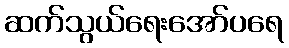
ဆက်သွယ်ရေးအော်ပရေ